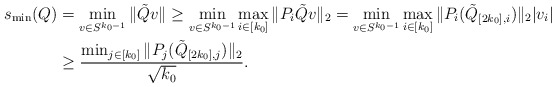
\begin{align*}s_{\min}(Q) &= \min_{v \in S^{k_0-1}} \|\tilde Qv\| \ge \min_{v \in S^{k_0-1}} \max_{i\in [k_0]} \|P_i\tilde Qv\|_2= \min_{v \in S^{k_0-1}} \max_{i\in [k_0]} \|P_i(\tilde Q_{[2k_0],i})\|_2 |v_i|\\&\geq \frac{\min_{j \in [k_0]}\|P_j(\tilde Q_{[2k_0],j})\|_2}{\sqrt{k_0}}.\end{align*}